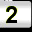
Digit: 2